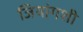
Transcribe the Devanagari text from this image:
जियांगशी